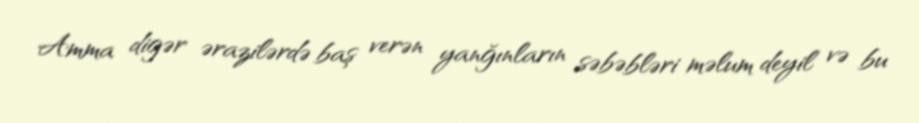
Amma digər ərazilərdə baş verən yanğınların səbəbləri məlum deyil və bu